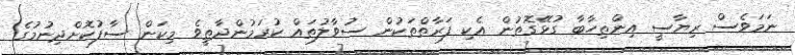
ނަމަވެސް ރިޔާސީ އިންތިހާބާ ގުޅޭގޮތުން އެކި ފަރާތްތަކުން ސުވާލުތައް ކުރަމުންދާތީވެ މިކަން ސާފުކޮށްދިނުމުގެ